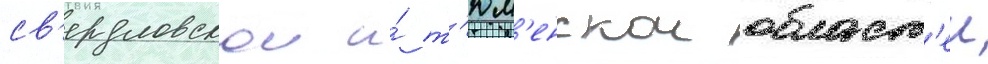
св'ердловскои и́ т'юм'енскои област'еи